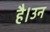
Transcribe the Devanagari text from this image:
है।उन